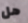
هل